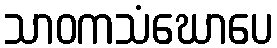
သာဝကသံဃောပေ